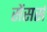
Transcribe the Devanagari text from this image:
सेंसर्स